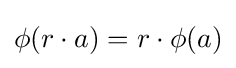
\phi (r\cdot a)=r\cdot \phi (a)